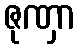
ဇုဏှာ